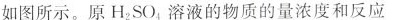
如图所示。原H_{2}SO_{4}溶液的物质的量浓度和反应